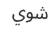
شوي